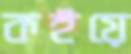
কইয়ে